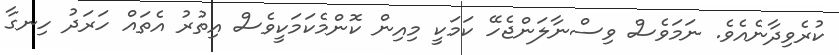
ކުރެވިދާނެއެވެ. ނަމަވެސް ވިސްނާލަންޖެހޭ ކަމަކީ މިއިން ކޮންމެކަމަކީވެސް އިތުރު އެތައް ހަރަދު ހިނގާ